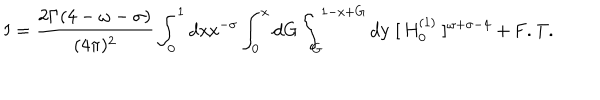
\mathrm { I = \frac { 2 \Gamma ( 4 - \ o m e g a - \ s i g m a ) } { ( 4 \ p i ) ^ { 2 } } \int _ { 0 } ^ { 1 } d x x ^ { - \ s i g m a } \int _ { 0 } ^ { x } d G \int _ { G } ^ { 1 - x + G } d y ~ [ ~ H _ { 0 } ^ { ( 1 ) } ~ ] ^ { \ o m e g a + \ s i g m a - 4 } + F . T . }